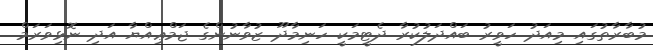
މުބާރާތުގައި މިއަދު ހަވީރު ބައްދަލުކުރާ ދެޓީމަކީ ހަނިމާދޫ ޒުވާނުންގެ ޖަމްޢިއްޔާ އަދި ނޮޅިވަރަމް